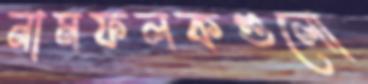
নামফলকগুলো